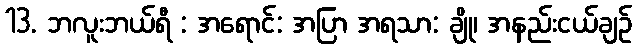
13. ဘလူးဘယ်ရီ : အရောင်: အပြာ အရသာ: ချို၊ အနည်းငယ်ချဉ်